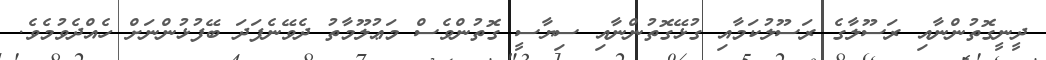
ދީނީގޮތުންނާއި ރަސޫލާގެ ރަސޫލުކަމާއި ގުޅޭގޮތުންނާއި ސިޔާސީ ގޮތުންވެސް މަޢުލޫމާތު ދެވޭނެފަދަ ބޭފުޅުންނަށް ހެއްދެވުމެވެ.